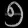
Digit: ၅